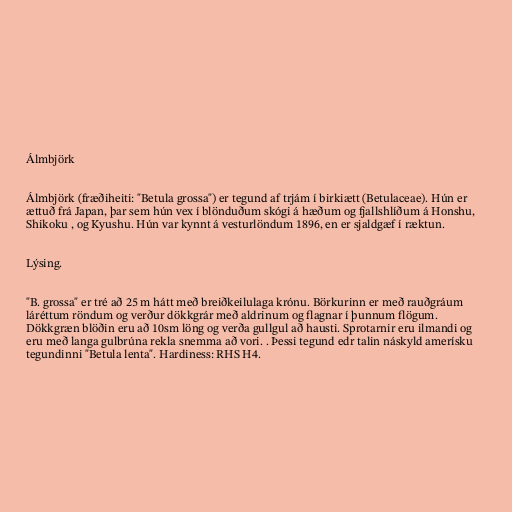
Álmbjörk

Álmbjörk (fræðiheiti: "Betula grossa") er tegund af trjám í birkiætt (Betulaceae). Hún er
ættuð frá Japan, þar sem hún vex í blönduðum skógi á hæðum og fjallshlíðum á Honshu,
Shikoku , og Kyushu. Hún var kynnt á vesturlöndum 1896, en er sjaldgæf í ræktun.

Lýsing.

"B. grossa" er tré að 25 m hátt með breiðkeilulaga krónu. Börkurinn er með rauðgráum
láréttum röndum og verður dökkgrár með aldrinum og flagnar í þunnum flögum.
Dökkgræn blöðin eru að 10sm löng og verða gullgul að hausti. Sprotarnir eru ilmandi og
eru með langa gulbrúna rekla snemma að vori. . Þessi tegund edr talin náskyld amerísku
tegundinni "Betula lenta". Hardiness: RHS H4.